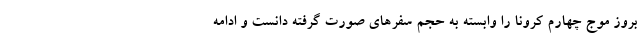
بروز موج چهارم کرونا را وابسته به حجم سفرهای صورت گرفته دانست و ادامه